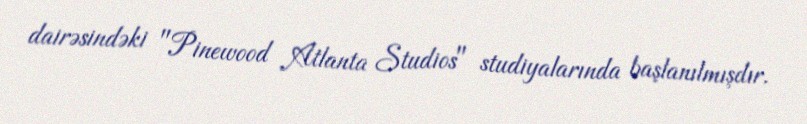
dairəsindəki "Pinewood Atlanta Studios" studiyalarında başlanılmışdır.